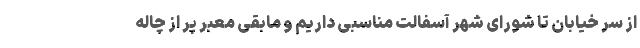
از سر خیابان تا شورای شهر آسفالت مناسبی داریم و مابقی معبر پر از چاله